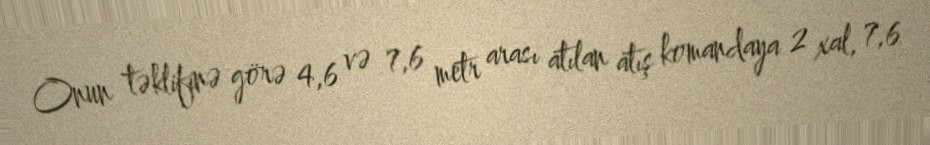
Onun təklifinə görə 4,6 və 7,6 metr arası atılan atış komandaya 2 xal, 7,6